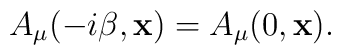
A_{\mu}(-i\beta,{\bf x}) = A_{\mu}(0,{\bf x}).